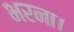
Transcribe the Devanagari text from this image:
भरना।